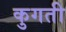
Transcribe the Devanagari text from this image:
कुगती